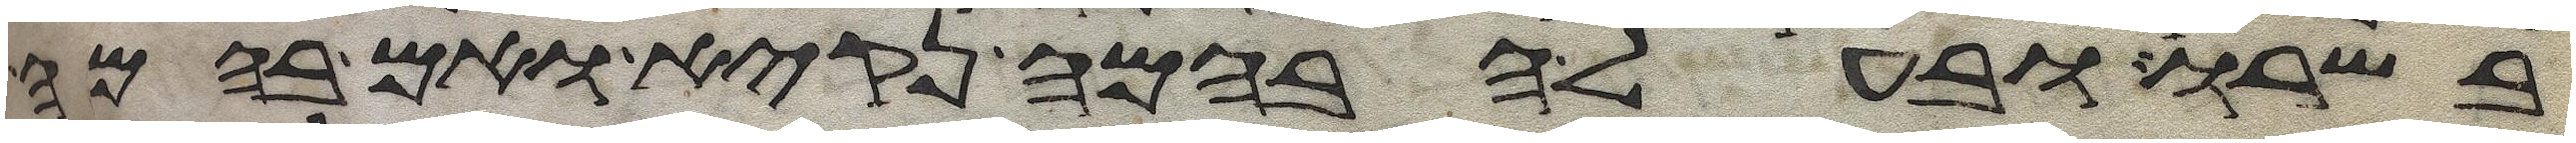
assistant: בשרו ובעל הבהמה נקיא ואם בהמה